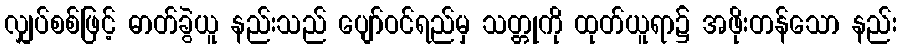
လျှပ်စစ်ဖြင့် ဓာတ်ခွဲယူ နည်းသည် ပျော်ဝင်ရည်မှ သတ္တုကို ထုတ်ယူရာ၌ အဖိုးတန်သော နည်း